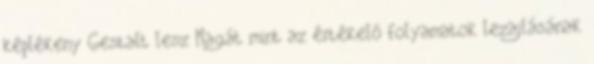
képlékeny Gestalt lesz Magát mint az értékelő folyamatok lezajlásának